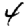
Digit: 4